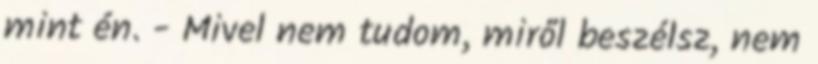
mint én. - Mivel nem tudom, miről beszélsz, nem